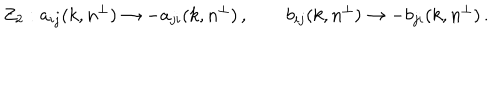
Z _ { 2 } : a _ { i j } ( k , n ^ { \perp } ) \rightarrow - a _ { j i } ( k , n ^ { \perp } ) \, , \qquad b _ { i j } ( k , n ^ { \perp } ) \rightarrow - b _ { j i } ( k , n ^ { \perp } ) \, .